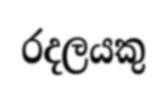
රදලයකු